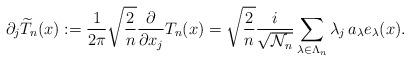
LaTeX: \begin{align*}\partial_j \widetilde T_n(x) := \frac{1}{2\pi} \sqrt{\frac{2}{n}} \frac{\partial}{\partial x_j} T_n(x) = \sqrt{\frac{2}{n}}\frac{ i}{\sqrt{\mathcal N_n}}\sum_{ \lambda\in \Lambda_n}\lambda_j\,a_{\lambda}e_\lambda(x).\end{align*}